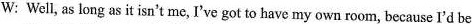
W: Well, as long as it isn't me, I've got to have my own room, because I'd be